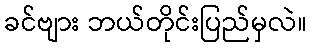
ခင်ဗျား ဘယ်တိုင်းပြည်မှလဲ။